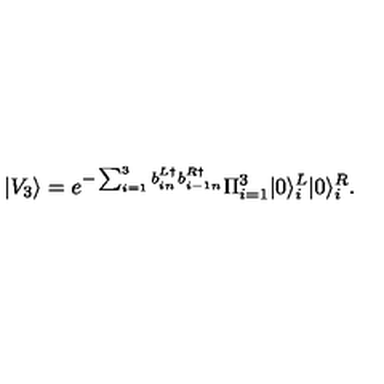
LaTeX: | V _ { 3 } \rangle = e ^ { - \sum _ { i = 1 } ^ { 3 } b _ { i n } ^ { L \dag } b _ { i - 1 n } ^ { R \dag } } \Pi _ { i = 1 } ^ { 3 } | 0 \rangle _ { i } ^ { L } | 0 \rangle _ { i } ^ { R } .